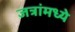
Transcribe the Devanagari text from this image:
जत्रांमध्ये